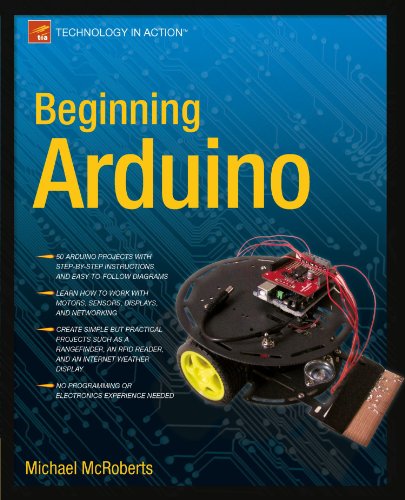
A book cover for Beginning Arduino; Michael McRoberts; Computers & Technology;